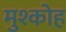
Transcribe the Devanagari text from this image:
मुश्कोह